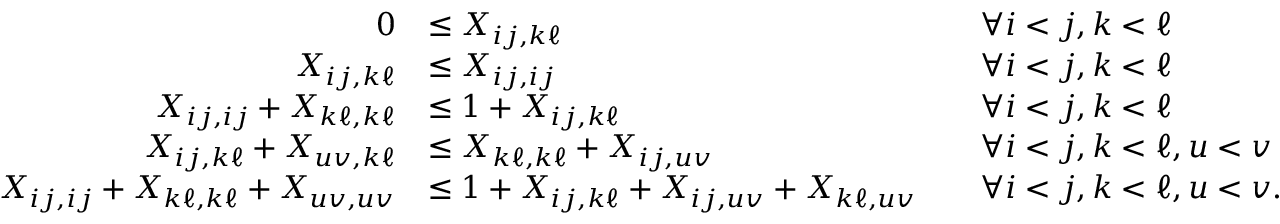
\begin{array} { r l r l } { 0 } & { \leq X _ { i j , k \ell } } & & { \forall i < j , k < \ell } \\ { X _ { i j , k \ell } } & { \leq X _ { i j , i j } } & & { \forall i < j , k < \ell } \\ { X _ { i j , i j } + X _ { k \ell , k \ell } } & { \leq 1 + X _ { i j , k \ell } } & & { \forall i < j , k < \ell } \\ { X _ { i j , k \ell } + X _ { u v , k \ell } } & { \leq X _ { k \ell , k \ell } + X _ { i j , u v } } & & { \forall i < j , k < \ell , u < v } \\ { X _ { i j , i j } + X _ { k \ell , k \ell } + X _ { u v , u v } } & { \leq 1 + X _ { i j , k \ell } + X _ { i j , u v } + X _ { k \ell , u v } } & & { \forall i < j , k < \ell , u < v . } \end{array}